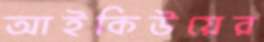
আইকিউয়ের